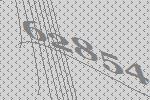
62854